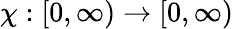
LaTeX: \chi:[0,\infty)\rightarrow[0,\infty)